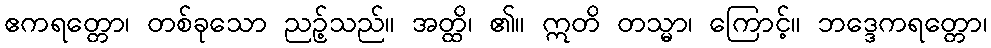
ဧကရတ္တော၊ တစ်ခုသော ညဥ့်သည်။ အတ္ထိ၊ ၏။ ဣတိ တသ္မာ၊ ကြောင့်။ ဘဒ္ဒေကရတ္တော၊